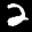
Label: 2